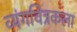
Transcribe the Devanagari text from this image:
व्यंगचित्रकला